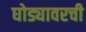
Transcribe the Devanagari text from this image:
घोड्यावरची